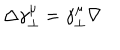
LaTeX: \Delta \gamma _ { \perp } ^ { \mu } = \gamma _ { \perp } ^ { \mu } \nabla